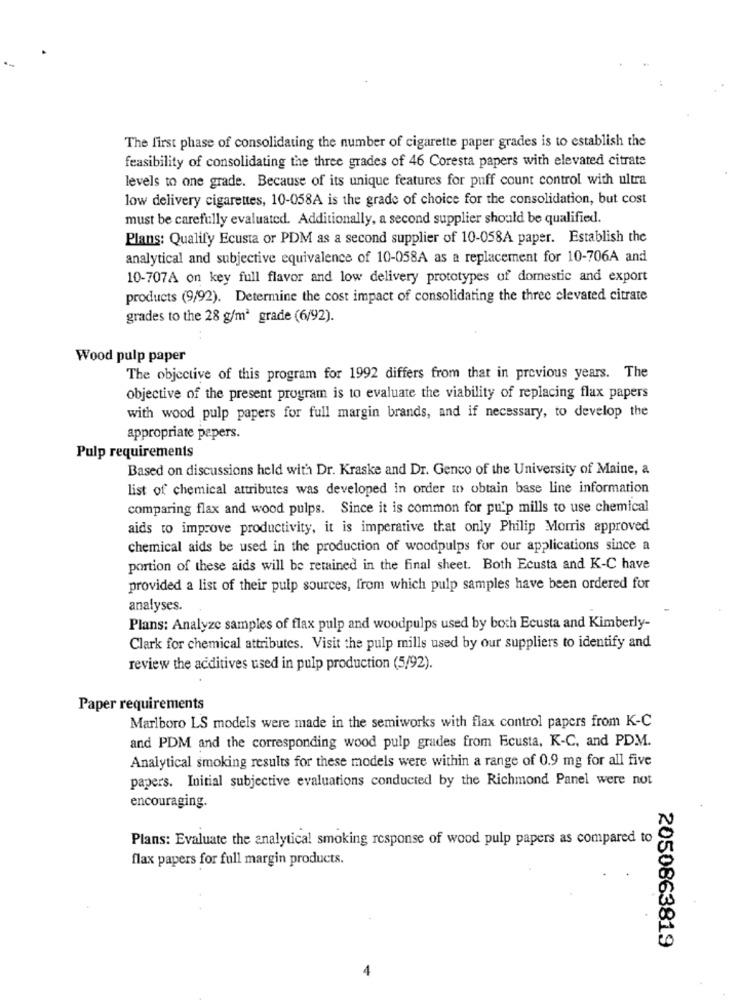
The first phase of consolidating the number of cigarette paper grades is to establish the
feasibility of consolidating the three grades of 46 Coresta papers with elevated citrate
levels to one grade. Because of its unique features for puff count control with ultra
low delivery cigarettes, 10-058A is the grade of choice for the consolidation, but cost
must be carefully evaluated. Additionally, a second supplier should be qualified.
Plans: Qualify Ecusta or PDM as a second supplier of 10-058A paper. Establish the
analytical and subjective equivalence of 10-058A as a replacement for 10-706A and
10-707A on key full flavor and low delivery prototypes of domestic and export
products (9/92). Determine the cost impact of consolidating the three elevated citrate
grades to the 28 g/m2 grade (6/92).
Wood pulp paper
The objective of this program for 1992 differs from that in previous years. The
objective of the present program is to evaluate the viability of replacing flax papers
with wood pulp papers for full margin brands, and if necessary, to develop the
appropriate pepers.
Pulp requirements
Based on discussions held with Dr. Kraske and Dr. Genco of the University of Maine, a
list of chemical attributes was developed in order to obtain base line information
comparing flax and wood pulps. Since it is common for pulp mills to use chemical
aids to improve productivity, it is imperative that only Philip Morris approved
chemical aids be used in the production of woodpulps for our applications since a
portion of these aids will be retained in the final sheet. Both Ecusta and K-C have
provided a list of their pulp sources, from which pulp samples have been ordered for
analyses.
Plans: Analyze samples of flax pulp and woodpulps used by both Ecusta and Kimberly-
Clark for chemical attributes. Visit the pulp mills used by our suppliers to identify and
review the additives used in pulp production (5/92).
Paper requirements
Marlboro LS models were made in the semiworks with flax control papers from K-C
and PDM and the corresponding wood pulp grades from Ecusta, K-C, and PDM.
Analytical smoking results for these models were within a range of 0.9 mg for all five
papers. Initial subjective evaluations conducted by the Richmond Panel were not
encouraging.
Plans: Evaluate the analytical smoking response of wood pulp papers as compared to
flax papers for full margin products.
2050863819